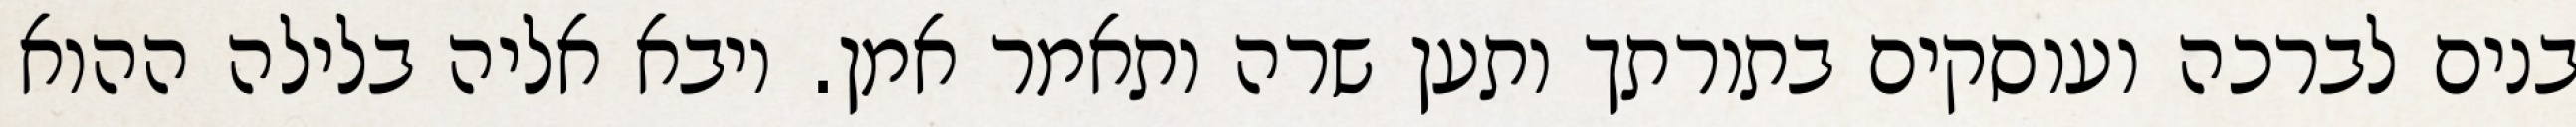
בנים לברכה ועוסקים בתורתך ותען שרה ותאמר אמן. ויבא אליה בלילה ההוא